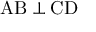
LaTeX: \mathrm { A B \perp C D }